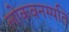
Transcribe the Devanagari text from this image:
लोकवनस्पति